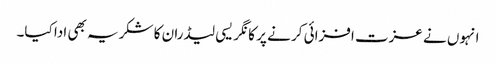
انہوں نے عزت افزائی کر نے پر کا نگر یسی لیڈران کا شکریہ بھی ادا کیا۔